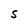
Character: S